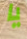
يا